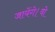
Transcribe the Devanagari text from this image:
जायेंगे।वो